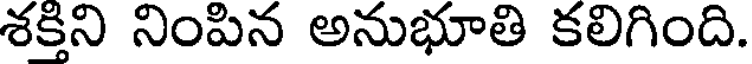
శక్తిని నింపిన అనుభూతి కలిగింది.